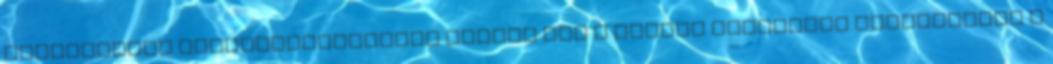
Szolgáltató üzlethelyiségében fizeti meg a termék vételárát készpénzben a